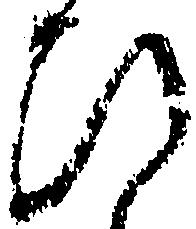
ひ